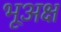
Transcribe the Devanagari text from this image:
भूअक्ष